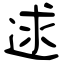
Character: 逑